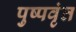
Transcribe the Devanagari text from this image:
पुष्पवृंत